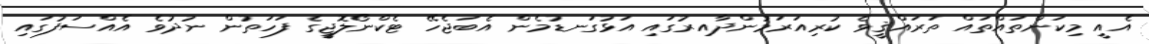
އެއީ މިކަންތައްތައް ތަރައްޤީވެ ކުރިއަރަމުންދާއިރުގައި އަޅުގަނޑުމެން އެބަޖެހޭ ޓެކްނޯލޮޖީގެ ފަހަތުން ނުދުވެ އެއްސަފުގައި